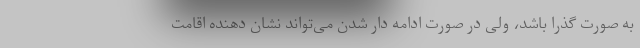
به صورت گذرا باشد، ولی در صورت ادامه دار شدن می‌تواند نشان دهنده اقامت